画像に写った文字を読んでください
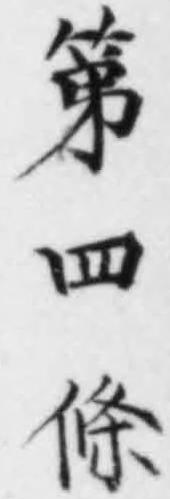
「第四條」と書いてあります